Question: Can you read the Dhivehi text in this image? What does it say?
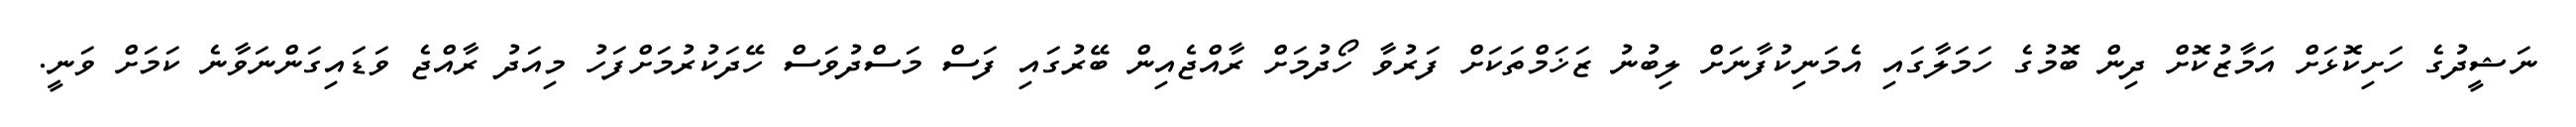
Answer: ނަޝީދުގެ ހަށިކޮޅަށް އަމާޒުކޮށް ދިން ބޮމުގެ ހަމަލާގައި އެމަނިކުފާނަށް ލިބުނު ޒަޚަމްތަކަށް ފަރުވާ ހޯދުމަށް ރާއްޖެއިން ބޭރުގައި ފަސް މަސްދުވަސް ހޭދަކުރުމަށްފަހު މިއަދު ރާއްޖެ ވަޑައިގަންނަވާނެ ކަމަށް ވަނީ.